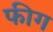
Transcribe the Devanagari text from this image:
फीग